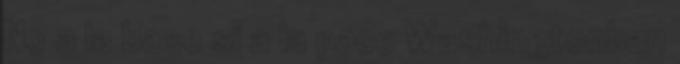
No a la base si a la pace Washingtonban